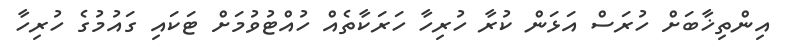
އިންތިޚާބަށް ހުރަސް އަޅަން ކުރާ ހުރިހާ ހަރަކާތެއް ހުއްޓުވުމަށް ޓަކައި ގައުމުގެ ހުރިހާ